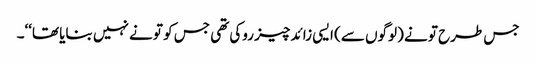
جس طرح تو نے (لوگوں سے) ایسی زائد چیز روکی تھی جس کو تو نے نہیں بنایا تھا‘‘۔